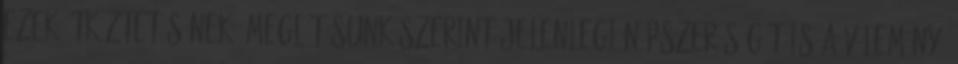
ezek ütköztetésének. Meglátásunk szerint jelenlegi népszerűségét is a vélemény,